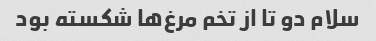
سلام دو تا از تخم مرغ‌ها شکسته بود